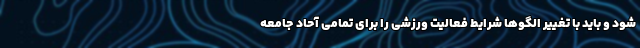
شود و باید با تغییر الگوها شرایط فعالیت ورزشی را برای تمامی آحاد جامعه